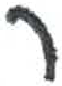
אות: ר